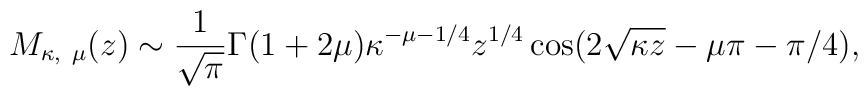
M_{\kappa,\ \mu}(z)\sim{1\over\sqrt{\pi}}\Gamma(1+2\mu)\kappa^{-\mu-1/4}z^{1/4}\cos(2\sqrt{\kappa z}-\mu\pi-\pi/4),